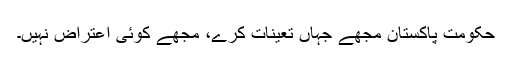
حکومت پاکستان مجھے جہاں تعینات کرے، مجھے کوئی اعتراض نہیں۔